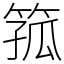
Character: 箛